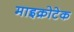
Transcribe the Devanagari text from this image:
माइक्रोटेक